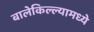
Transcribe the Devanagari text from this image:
बालेकिल्ल्यामध्ये